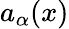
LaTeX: a_{\alpha}(x)